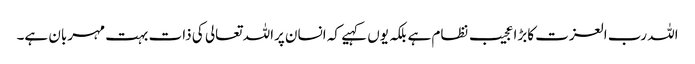
اللہ رب العزت کابڑا عجیب نظام ہے بلکہ یوں کہیے کہ انسان پراللہ تعالی کی ذات بہت مہربان ہے۔